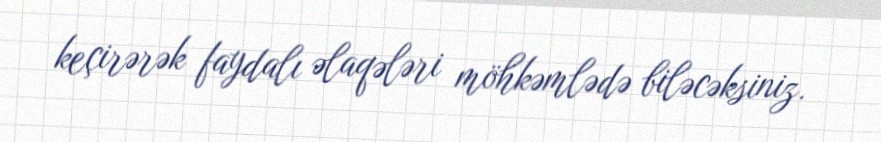
keçirərək faydalı əlaqələri möhkəmlədə biləcəksiniz.